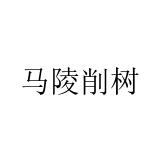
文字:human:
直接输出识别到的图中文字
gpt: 马陵削树